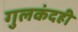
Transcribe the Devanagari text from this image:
गुलकंदही